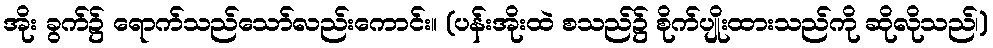
အိုး ခွက်၌ ရောက်သည်သော်လည်းကောင်း။ (ပန်းအိုးထဲ စသည်၌ စိုက်ပျိုးထားသည်ကို ဆိုလိုသည်၊)